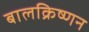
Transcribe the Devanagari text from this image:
बालक्रिष्णन